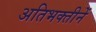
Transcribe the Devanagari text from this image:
अतिभक्तीनें